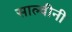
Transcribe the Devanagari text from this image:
साल्वीनी